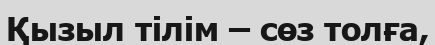
Қызыл тілім – сөз толға,